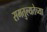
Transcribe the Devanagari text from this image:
समतुल्यतेच्या